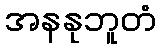
အနနုဘူတံ